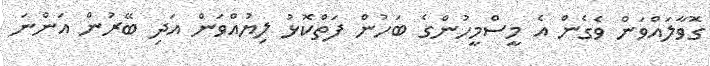
ގޮވާލައްވަން ވެގެން އެ މީސްމީހުންގެ ބަހުން ފަތްކޮޅު ލިޔުއްވަން އަދި ބޭރުން އަންނަ